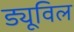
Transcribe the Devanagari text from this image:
ड्यूविल